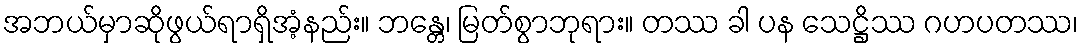
အဘယ်မှာဆိုဖွယ်ရာရှိအံ့နည်း။ ဘန္တေ၊ မြတ်စွာဘုရား။ တဿ ခါ ပန သေဋ္ဌိဿ ဂဟပတဿ၊